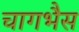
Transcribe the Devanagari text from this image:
चागभैस